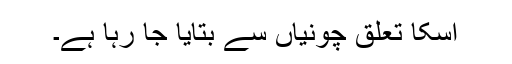
اسکا تعلق چونیاں سے بتایا جا رہا ہے۔